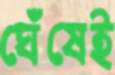
ঘেঁষেই